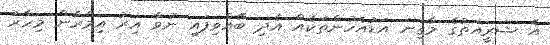
އެ ޝަރީއަތުގެ މާގިނަ އަޑުއެހުންތަކެއް އެދި ބޭއްވިފައި ނުވާ އިރު އިމްރާން މިހާރު